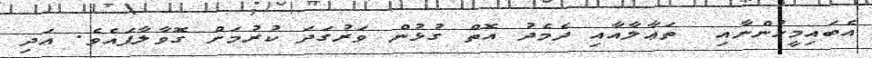
އެބައިމީހުންނާއި  ތަޢާލާއާއި ދެމެދު އޮތް ގުޅުން ވަރުގަދަ ކުރުމަށް ގޮވާލާފައެވެ. އަދި